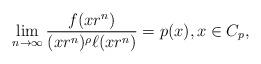
LaTeX: \begin{align*} \lim_{n \to \infty} \frac{f(x r^n)}{(x r^n)^\rho \ell(x r^n)} = p(x), x \in C_p,\end{align*}